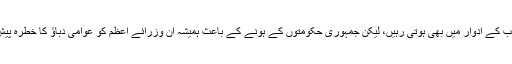
حالانکہ ایسی کوششیں شہید بینظیر بھٹو اور نواز شریف صاحب کے ادوار میں بھی ہوتی رہیں، لیکن جمہوری حکومتوں کے ہونے کے باعث ہمیشہ ان وزرائے اعظم کو عوامی دباؤ کا خطرہ پیش رہا، جس کے باعث یہ کوششیں زیادہ کارگر ثابت نہ ہوئیں۔